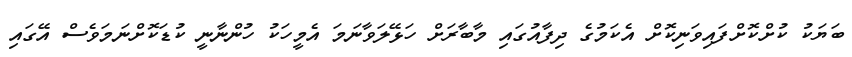
ބަޔަކު ކުށްކޮށްފައިވަނިކޮށް އެކަމުގެ ދިފާއުގައި މާބާރަށް ހަޅޭލަވާނަމަ އެމީހަކު ހުންނާނީ ކުޑަކޮށްނަމަވެސް އޭގައި